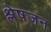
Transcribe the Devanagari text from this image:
श्लेषजन